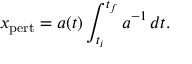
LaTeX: x _ { \mathrm { p e r t } } = a ( t ) \int _ { t _ { i } } ^ { t _ { f } } a ^ { - 1 } \, d t .